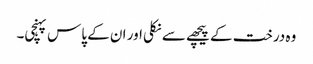
وہ درخت کے پیچھے سے نکلی اور ان کے پاس پہنچی۔